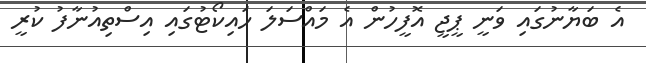
އެ ބަޔާނުގައި ވަނީ ޕީޖީ އޮފީހުން އެ މައްސަލަ ހައިކޯޓުގައި އިސްތިއުނާފު ކުރީ